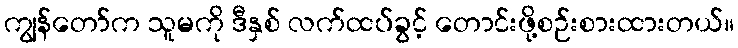
ကျွန်တော်က သူမကို ဒီနှစ် လက်ထပ်ခွင့် တောင်းဖို့စဉ်းစားထားတယ်။